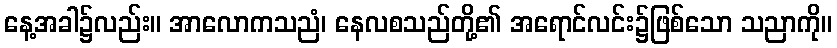
နေ့အခါ၌လည်း။ အာလောကသညံ၊ နေလစသည်တို့၏ အရောင်လင်း၌ဖြစ်သော သညာကို။